Annual vaccination report of Bihar and Orissa - 1911-1928
Year: 1911
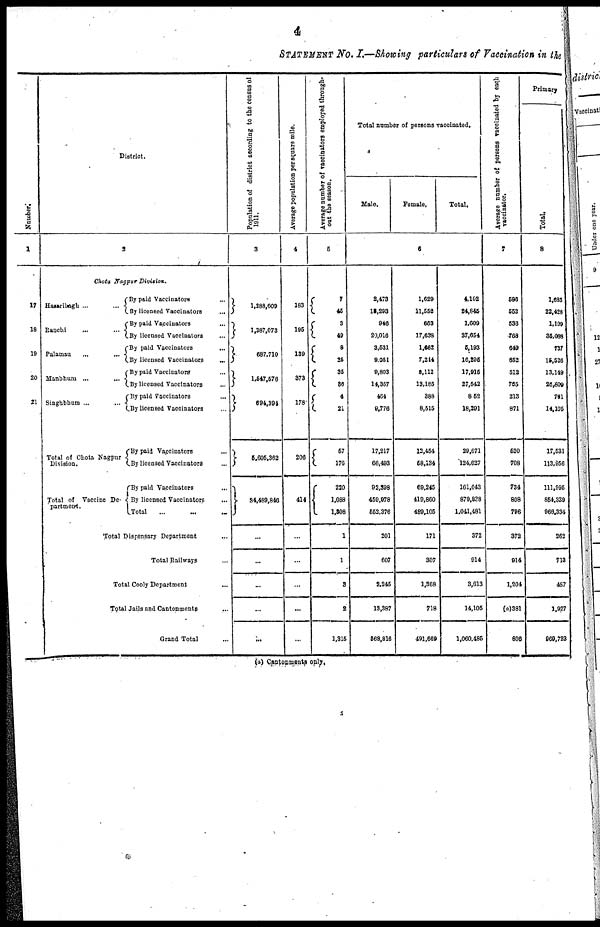
4
STATEMENT No. I.—Showing particulars of Vaccination in the
Number.
1
17
18
19
20
21
District.
2
Chota Nagpur Division.
Hazaribagh ... ...
Ranchi ... ...
Palamau ... ...
Manbhum ... ...
Singhbhum ... ...
Total of Chota Nagpur
Division.
Total of Vaccine De¬
partment.
By paid Vaccinators ...
By licensed Vaccinators ...
By paid Vaccinators ...
By licensed Vaccinators ...
By paid Vaccinators ...
By licensed Vaccinators
...
By paid Vaccinators ...
By licensed Vaccinators ...
By paid Vaccinators ...
By licensed Vaccinators ...
By paid Vaccinators ...
By licensed Vaccinators ...
By paid Vaccinators ...
By licensed Vaccinators ...
Total
...
...
...
Total Dispensary Department ...
Total
Railways ...
Total Cooly Department ...
Total Jails and Cantonments ...
Grand Total ...
Population of district according to the census of
1911.
3
1,288,609
1,387,073
687,710
1,547,576
694,394
5,605,362
34,489,846
...
...
...
...
...
Average population per square mile.
4
183
195
139
373
178
206
414
...
...
...
...
...
Average number of vaccinators employed through¬
out the season.
5
7
45
3
49
8
25
35
86
4
21
57
176
220
1,088
1, 308
1
1
3
2
1,315
Total number of persons vaccinated.
Male.
Female,
Total.
6
2,473
13,293
946
20,016
3,531
9,051
9,803
14,357
464
9,776
17,217
66,493
92,398
459,978
552,376
201
607
2,245
13,387
568,816
1,629
11,552
663
17,638
1,662
7,244
8,112
13,185
388
8,515
12,454
58,134
69,245
419,860
489,105
171
307
1,368
718
491,669
4,102
24,845
1,609
37,654
5,193
16,295
17,915
27,542
852
18,291
29,671
124,627
161,643
879,838
1,041,481
372
914
3,613
14,105
1,060,485
Average number of persons vaccinated by each
vaccinator.
7
586
552
536
768
649
652
512
765
223
871
520
708
734
808
796
372
914
1,204
(a)381
806
Primary
8
1,685
22,428
1,199
35,088
737
15,526
13,149
26,809
761
14,105
17,531
113,956
111,995
854,339
966,334
262
713
487
1,927
969,723
(a) Cantonments only.